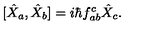
[ \hat { X } _ { a } , \hat { X } _ { b } ] = i \hbar f _ { a b } ^ { c } \hat { X } _ { c } .